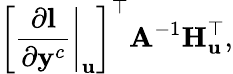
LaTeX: \left[\left.\frac{\partial\mathbf{l}}{\partial\mathbf{y}^{c}}\right|_{\mathbf{u}}\right]^{\top}\mathbf{A}^{-1}\mathbf{H}_{\mathbf{u}}^{\top},